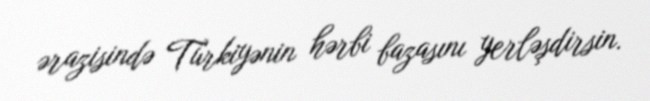
ərazisində Türkiyənin hərbi bazasını yerləşdirsin.